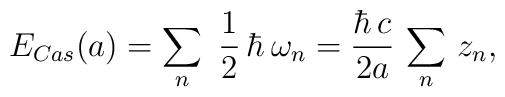
E_{Cas}(a) =  \sum_{n} \   \frac{1}{2} \,  \hbar \, \omega_{n} =\frac{\hbar\, c}{2 a}  \,  \sum_{n} \, z_{n},